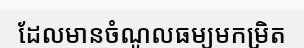
ដែលមានចំណូលធម្យមកម្រិត